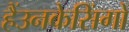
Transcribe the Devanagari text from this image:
हैंउनकेसिंगों